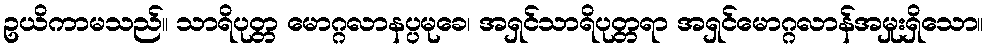
ဥယိကာမသည်။ သာရိပုတ္တ မောဂ္ဂလာနပ္ပမုခေ၊ အရှင်သာရိပုတ္တရာ အရှင်မောဂ္ဂလာန်အမှုးရှိသော။